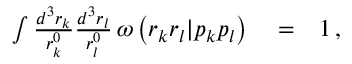
\begin{array} { r l r } { \int \frac { d ^ { 3 } r _ { k } } { r _ { k } ^ { 0 } } \frac { d ^ { 3 } r _ { l } } { r _ { l } ^ { 0 } } \, \omega \left( r _ { k } r _ { l } | p _ { k } p _ { l } \right) } & { { } = } & { 1 \, , } \end{array}